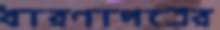
ধারণাপত্রের